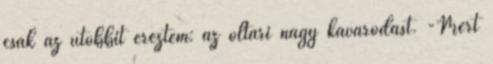
csak az utóbbit éreztem: az oltári nagy kavarodást. -Mert